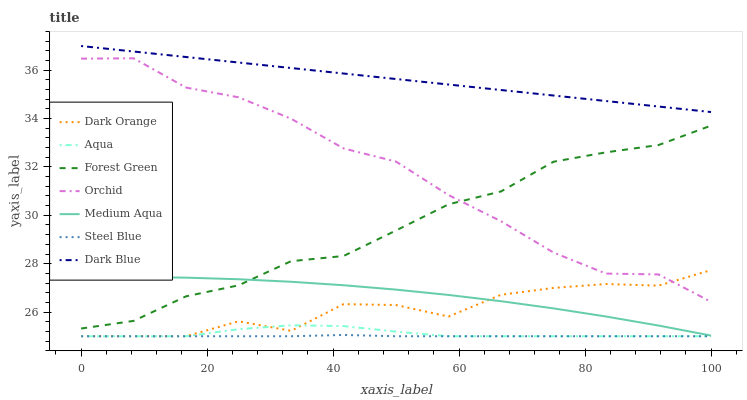
| xaxis_label | Dark Orange | Aqua | Forest Green | Orchid | Medium Aqua | Steel Blue | Dark Blue |
 | --- | --- | --- | --- | --- | --- | --- | --- |
 | 0 | 25 | 25 | 25.3 | 36.5 | 27.4 | 25 | 37 |
 | 8.33 | 25 | 25 | 25.6 | 36.5 | 27.4 | 25 | 36.8 |
 | 16.7 | 25 | 25 | 26.7 | 35.3 | 27.4 | 25 | 36.5 |
 | 25 | 25.6 | 25.3 | 27.1 | 34.9 | 27.4 | 25 | 36.3 |
 | 33.3 | 25.2 | 25.5 | 28.1 | 34 | 27.3 | 25 | 36.1 |
 | 41.7 | 26.3 | 25.4 | 28.3 | 32.8 | 27.1 | 25.1 | 35.9 |
 | 50 | 26.3 | 25.2 | 29.4 | 32.2 | 26.9 | 25 | 35.6 |
 | 58.3 | 25.8 | 25 | 30.5 | 30.8 | 26.7 | 25 | 35.4 |
 | 66.7 | 26.7 | 25 | 31 | 29.8 | 26.4 | 25 | 35.2 |
 | 75 | 27 | 25 | 32.2 | 28.5 | 26.2 | 25 | 35 |
 | 83.3 | 27.2 | 25 | 32.6 | 27.6 | 25.8 | 25 | 34.7 |
 | 91.7 | 27.1 | 25 | 32.9 | 27.6 | 25.4 | 25 | 34.5 |
 | 100 | 27.7 | 25 | 33.7 | 26.4 | 25 | 25 | 34.3 |